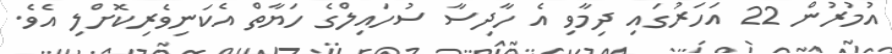
އުމުރުން 22 އަހަރުގައި ދިމާވި އެ ހާދިސާ ސުހައިލްގެ ހަޔާތް އެކަނިވެރިކޮށްލި އެވެ.